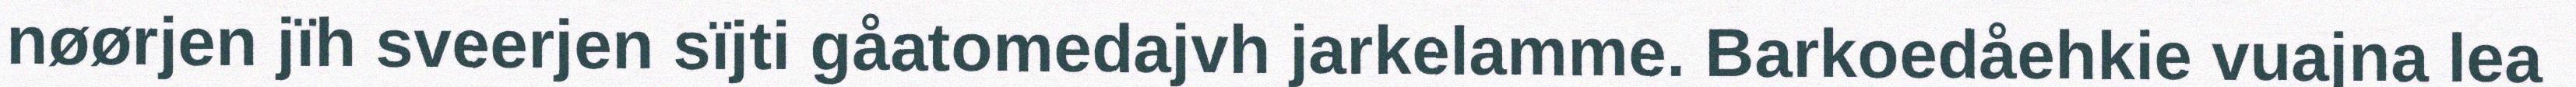
nøørjen jïh sveerjen sïjti gåatomedajvh jarkelamme. Barkoedåehkie vuajna lea